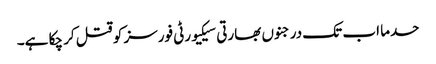
حدما اب تک درجنوں بھارتی سیکیورٹی فورسز کو قتل کر چکا ہے۔